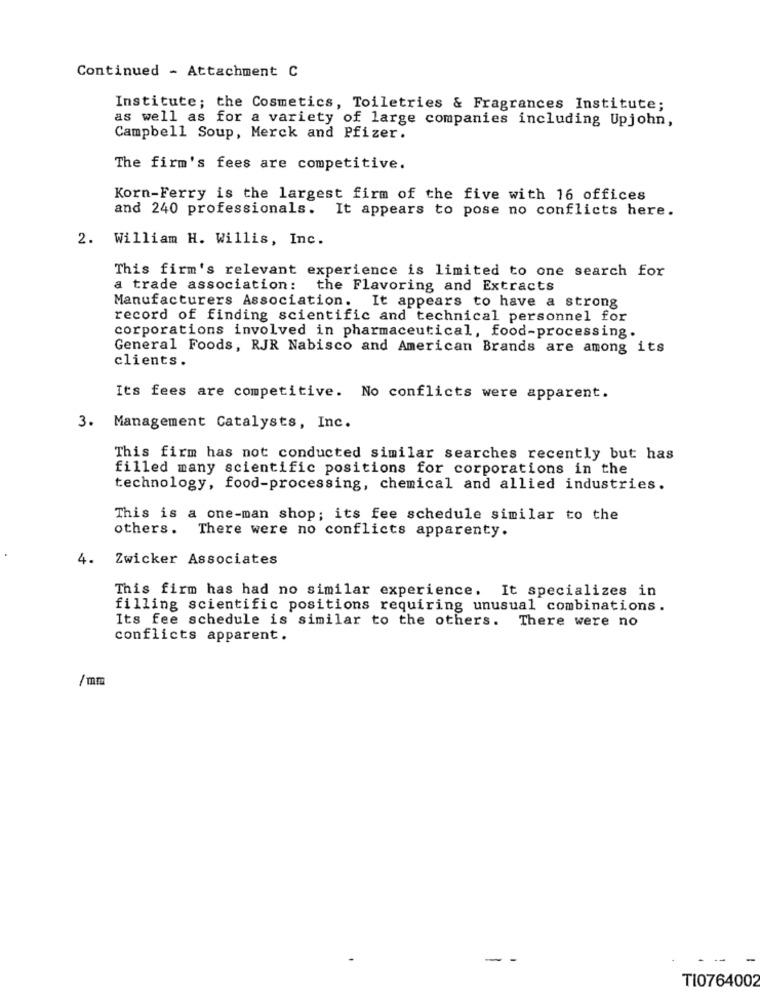
Continued - Attachment C
Institute; the Cosmetics, Toiletries & Fragrances Institute;
as well as for a variety of large companies including Upjohn,
Campbell Soup, Merck and Pfizer.
The firm's fees are competitive.
Korn-Ferry is the largest firm of the five with 16 offices
and 240 professionals. It appears to pose no conflicts here.
2. William H. Willis, Inc.
This firm's relevant experience is limited to one search for
a trade association: the Flavoring and Extracts
Manufacturers Association. It appears to have a strong
record of finding scientific and technical personnel for
corporations involved in pharmaceutical, food-processing.
General Foods, RJR Nabisco and American Brands are among its
clients.
Its fees are competitive. No conflicts were apparent.
3. Management Catalysts, Inc.
This firm has not conducted similar searches recently but has
filled many scientific positions for corporations in the
technology, food-processing, chemical and allied industries.
This is a one-man shop; its fee schedule similar to the
others. There were no conflicts apparenty.
4.
Zwicker Associates
This firm has had no similar experience. It specializes in
filling scientific positions requiring unusual combinations.
Its fee schedule is similar to the others. There were no
conflicts apparent.
/ mm
-
TI0764002